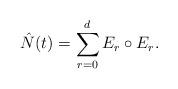
LaTeX: \begin{align*}\hat{N}(t) = \sum_{r = 0}^d E_r \circ E_r. \end{align*}